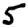
Digit: 5